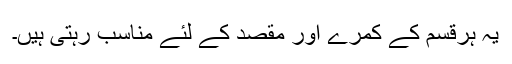
یہ ہرقسم کے کمرے اور مقصد کے لئے مناسب رہتی ہیں۔